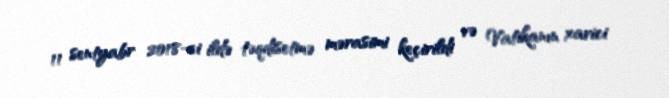
11 sentyabr 2018-ci ildə təqdisetmə mərasimi keçirildi və Vatikanın xarici